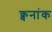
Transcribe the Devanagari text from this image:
क्वनांक